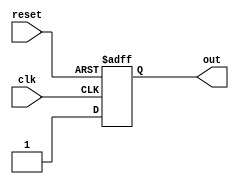
module simple_assign(
    input wire clk,
    input wire reset,
    output reg out
);

always @(posedge clk or posedge reset) begin
    if (reset) begin
        out <= 1'b0; // Reset the output signal to 0
    end else begin
        out <= 1'b1; // Assign the value 1 to the output signal
    end
end

endmodule